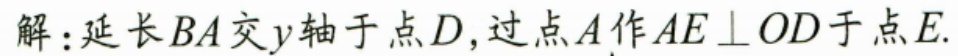
解：延长\(BA\)交\(y\)轴于点\(D\)，过点\(A\)作\(AE\perp OD\)于点\(E\).